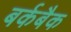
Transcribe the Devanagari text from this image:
बर्कबैक